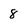
Character: 8